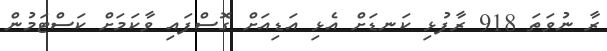
ރާ ނުވަތަ 918 ރާފުޅި ކަނޑަށް އެޅި އަޑިއަށް ގޮސްފައި ވާކަމަށް ކަސްޓަމުން